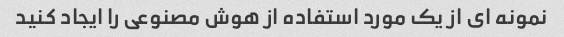
نمونه ای از یک مورد استفاده از هوش مصنوعی را ایجاد کنید